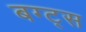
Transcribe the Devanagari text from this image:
बग्ट्स